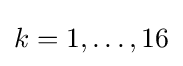
{\textstyle k=1,\ldots ,16}